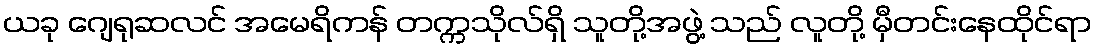
ယခု ဂျေရုဆလင် အမေရိကန် တက္ကသိုလ်ရှိ သူတို့အဖွဲ့ သည် လူတို့ မှီတင်းနေထိုင်ရာ